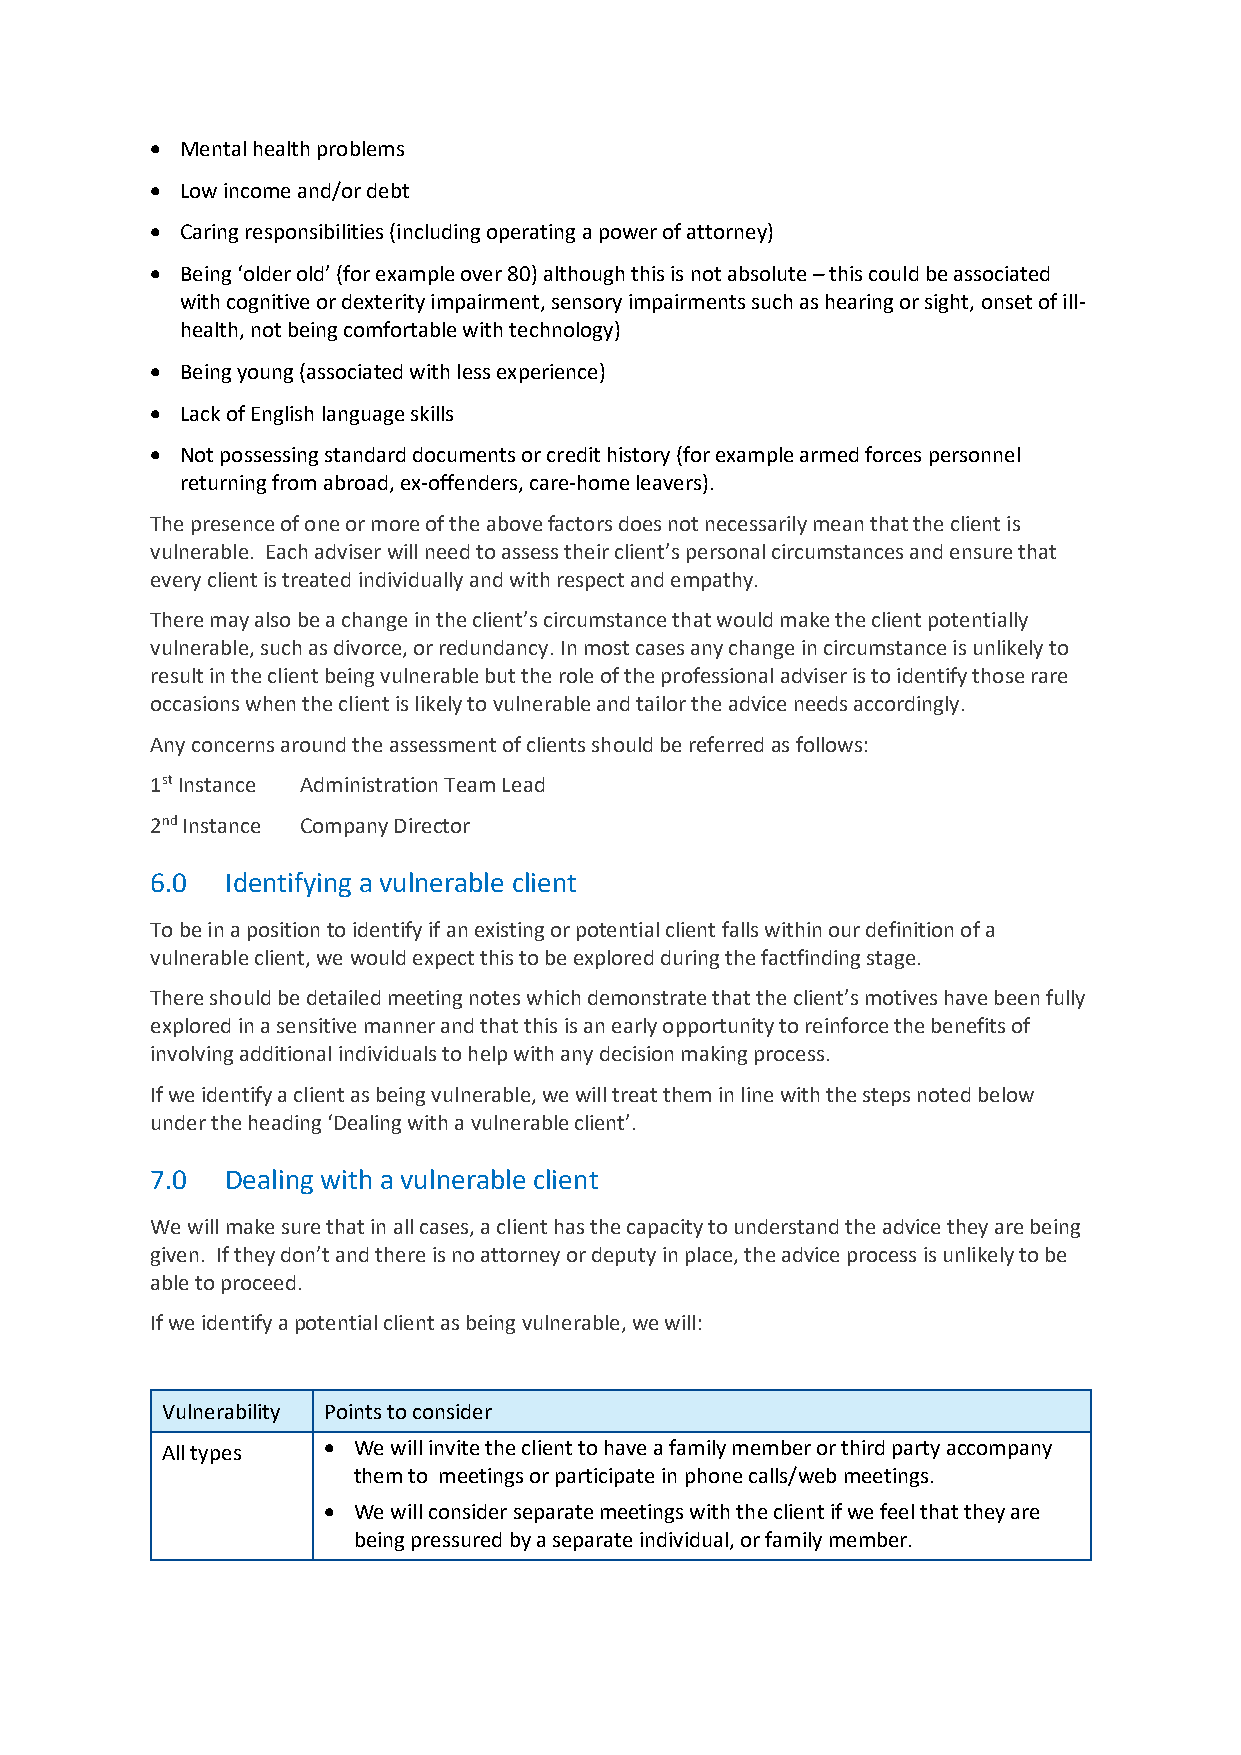
• Mental health problems
 • Low income and/or debt
 • Caring responsibilities (including operating a power of attorney)
 • Being ‘older old’ (for example over 80) although this is not absolute – this could be associated
 with cognitive or dexterity impairment, sensory impairments such as hearing or sight, onset of ill-
 health, not being comfortable with technology)
 • Being young (associated with less experience)
 • Lack of English language skills
 • Not possessing standard documents or credit history (for example armed forces personnel
 returning from abroad, ex-offenders, care-home leavers).
 The presence of one or more of the above factors does not necessarily mean that the client is
 vulnerable. Each adviser will need to assess their client’s personal circumstances and ensure that
 every client is treated individually and with respect and empathy.
 There may also be a change in the client’s circumstance that would make the client potentially
 vulnerable, such as divorce, or redundancy. In most cases any change in circumstance is unlikely to
 result in the client being vulnerable but the role of the professional adviser is to identify those rare
 occasions when the client is likely to vulnerable and tailor the advice needs accordingly.
 Any concerns around the assessment of clients should be referred as follows:
 1st Instance Administration Team Lead
 2nd Instance Company Director
 6.0  Identifying a vulnerable client
 To be in a position to identify if an existing or potential client falls within our definition of a
 vulnerable client, we would expect this to be explored during the factfinding stage.
 There should be detailed meeting notes which demonstrate that the client’s motives have been fully
 explored in a sensitive manner and that this is an early opportunity to reinforce the benefits of
 involving additional individuals to help with any decision making process.
 If we identify a client as being vulnerable, we will treat them in line with the steps noted below
 under the heading ‘Dealing with a vulnerable client’.
 7.0  Dealing with a vulnerable client
 We will make sure that in all cases, a client has the capacity to understand the advice they are being
 given. If they don’t and there is no attorney or deputy in place, the advice process is unlikely to be
 able to proceed.
 If we identify a potential client as being vulnerable, we will:
 Vulnerability Points to consider
 All types • We will invite the client to have a family member or third party accompany
 them to meetings or participate in phone calls/web meetings.
 • We will consider separate meetings with the client if we feel that they are
 being pressured by a separate individual, or family member.